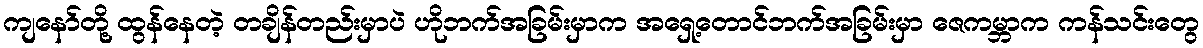
ကျနော်တို့ ထွန်နေတဲ့ တချိန်တည်းမှာပဲ ဟိုဘက်အခြမ်းမှာက အရှေ့တောင်ဘက်အခြမ်းမှာ ဇေကမ္ဘာက ကန်သင်းတွေ